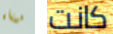
ميناء كانت